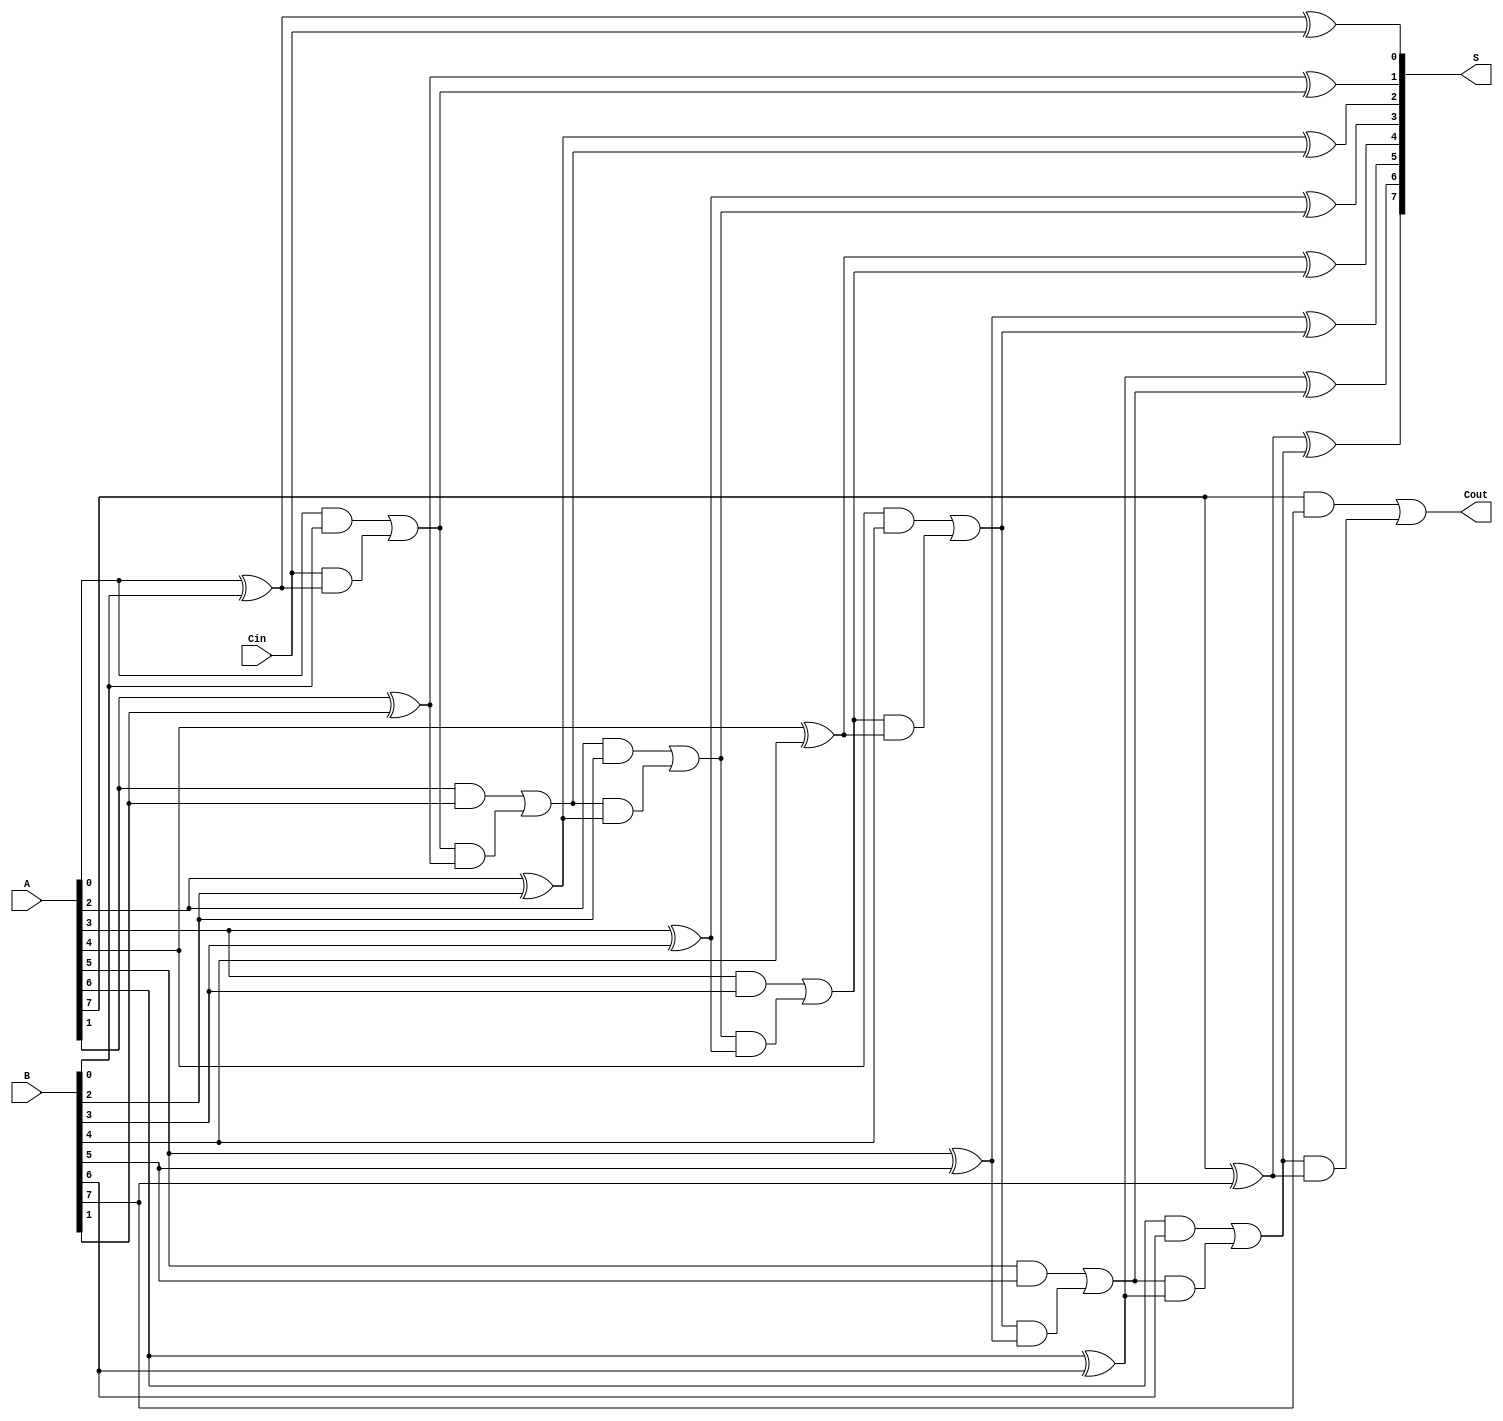
module ManchesterCarryChainAdder #(parameter N = 8) (
    input [N-1:0] A,      // First n-bit input
    input [N-1:0] B,      // Second n-bit input
    input Cin,            // Carry-in
    output [N-1:0] S,     // n-bit sum output
    output Cout           // Carry-out
);

// Internal wires for carry generation
wire [N-1:0] C_gen;     // Carry generation
wire [N-1:0] C_prop;    // Carry propagation
wire [N:0] carry;        // Carry chain

// Initialize the carry chain
assign carry[0] = Cin;   // Initial carry is Cin

// Full adder logic for each bit
genvar i;
generate
    for (i = 0; i < N; i = i + 1) begin : full_adder
        // Generate carry generation and propagation signals
        assign C_gen[i] = A[i] & B[i];                // Generate carry
        assign C_prop[i] = A[i] ^ B[i];               // Propagate carry

        // Compute the carry for the next stage
        assign carry[i+1] = C_gen[i] | (carry[i] & C_prop[i]);

        // Compute the sum bit
        assign S[i] = A[i] ^ B[i] ^ carry[i];
    end
endgenerate

// Final carry out
assign Cout = carry[N];

endmodule